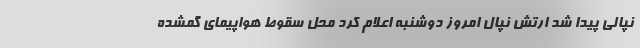
نپالی پیدا شد ارتش نپال امروز دوشنبه اعلام کرد محل سقوط هواپیمای گمشده